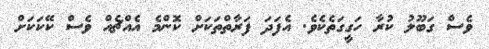
ވެސް ގަބޫލު ކުރާ ހަގީގަތެކެވެ. އެފަދަ ފަރާތްތަކަށް ކޮންމެ އެއްޗެއް ވެސް ކޭކަކަށް